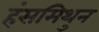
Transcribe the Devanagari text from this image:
हंसमिथुन